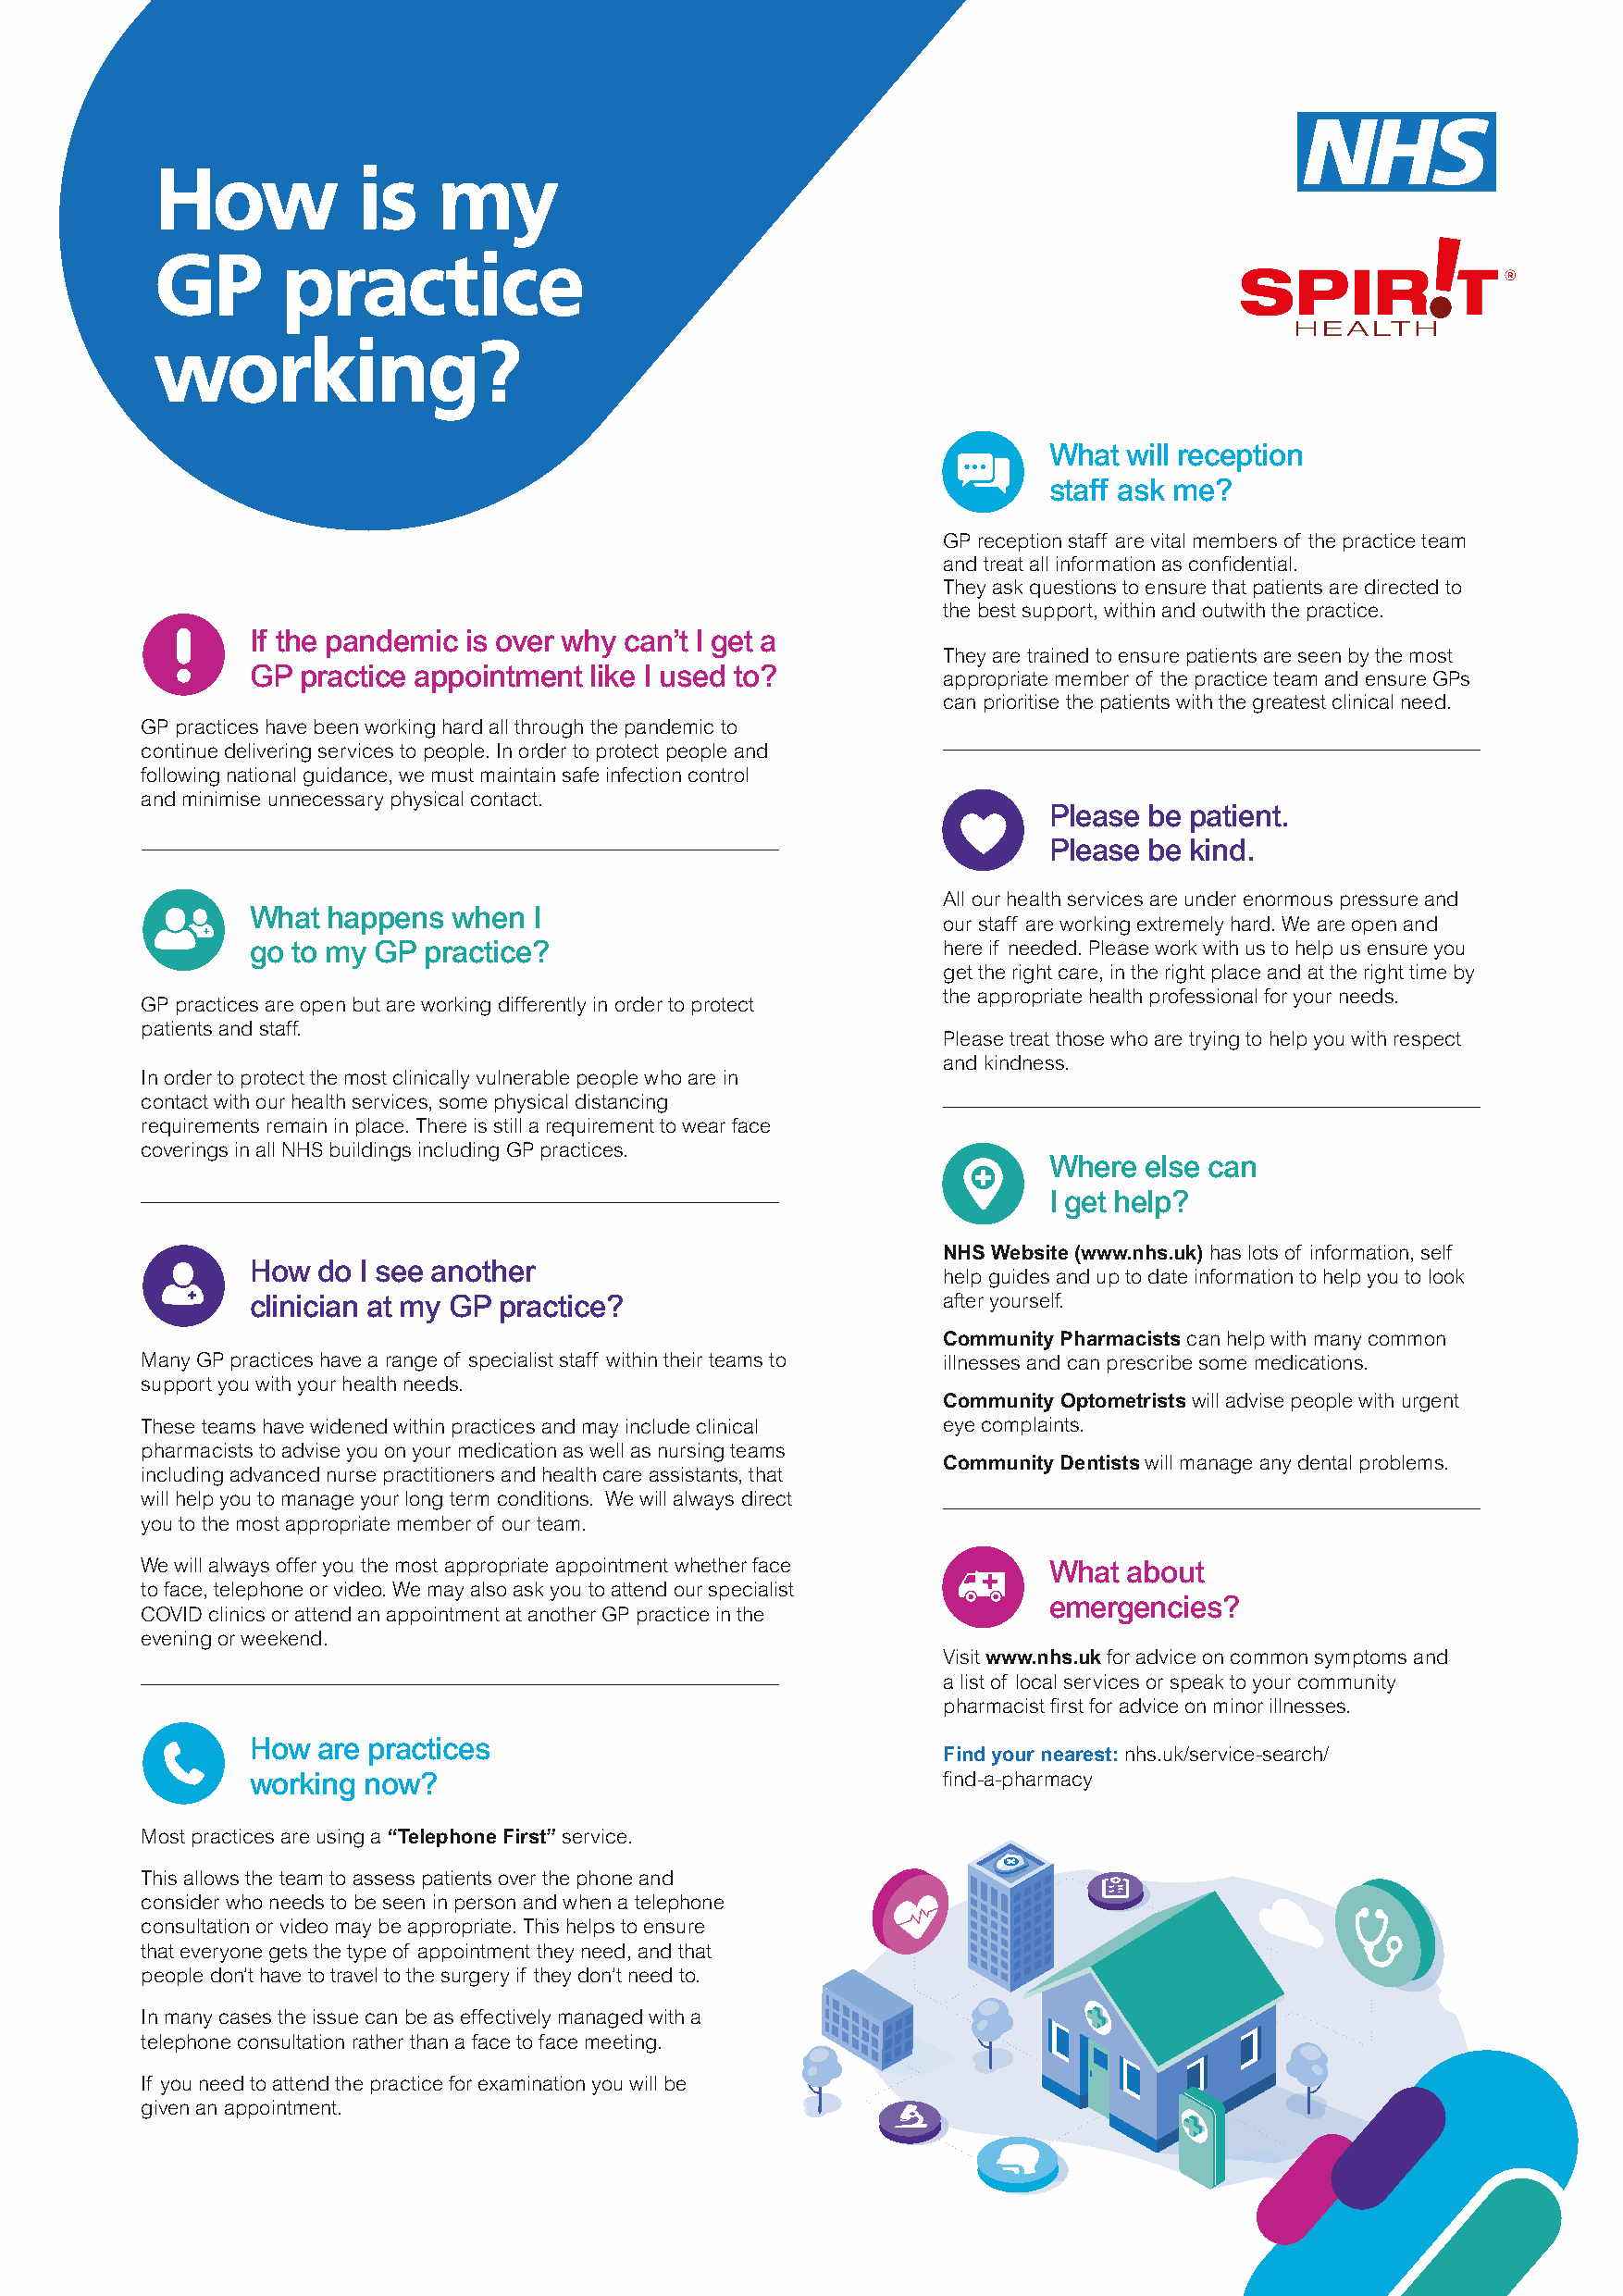
What  will reception
 staff ask me?
 GP reception staff are vital members of the practice team
 and treat all information as confidential.
 They ask questions to ensure that patients are directed to
 the best support, within and outwith the practice.
 If the pandemic is over why can’t I get a
 They are trained to ensure patients are seen by the most
 GP  practice appointment like I used to?
 appropriate member of the practice team and ensure GPs
 can prioritise the patients with the greatest clinical need.
 GP practices have been working hard all through the pandemic to
 continue delivering services to people. In order to protect people and
 following national guidance, we must maintain safe infection control
 and minimise unnecessary physical contact.
 Please be patient.
 Please be kind.
 All our health services are under enormous pressure and
 What happens  when  I
 our staff are working extremely hard. We are open and
 go to my GP practice?                            here if needed. Please work with us to help us ensure you
 get the right care, in the right place and at the right time by
 the appropriate health professional for your needs.
 GP practices are open but are working differently in order to protect
 patients and staff.
 Please treat those who are trying to help you with respect
 and kindness.
 In order to protect the most clinically vulnerable people who are in
 contact with our health services, some physical distancing
 requirements remain in place. There is still a requirement to wear face
 coverings in all NHS buildings including GP practices.
 Where  else can
 I get help?
 NHS Website (www.nhs.uk) has lots of information, self
 How  do I see another
 help guides and up to date information to help you to look
 clinician at my GP practice?                     after yourself.
 Community Pharmacists can help with many common
 Many GP practices have a range of specialist staff within their teams to illnesses and can prescribe some medications.
 support you with your health needs.
 Community Optometrists will advise people with urgent
 These teams have widened within practices and may include clinical eye complaints.
 pharmacists to advise you on your medication as well as nursing teams
 Community Dentists will manage any dental problems.
 including advanced nurse practitioners and health care assistants, that
 will help you to manage your long term conditions. We will always direct
 you to the most appropriate member of our team.
 We will always offer you the most appropriate appointment whether face What about
 to face, telephone or video. We may also ask you to attend our specialist
 emergencies?
 COVID clinics or attend an appointment at another GP practice in the
 evening or weekend.
 Visit www.nhs.uk for advice on common symptoms and
 a list of local services or speak to your community
 pharmacist first for advice on minor illnesses.
 How  are practices
 Find your nearest: nhs.uk/service-search/
 working now?                                     find-a-pharmacy
 Most practices are using a “Telephone First” service.
 This allows the team to assess patients over the phone and
 consider who needs to be seen in person and when a telephone
 consultation or video may be appropriate. This helps to ensure
 that everyone gets the type of appointment they need, and that
 people don’t have to travel to the surgery if they don’t need to.
 In many cases the issue can be as effectively managed with a
 telephone consultation rather than a face to face meeting.
 If you need to attend the practice for examination you will be
 given an appointment.